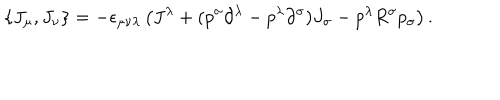
\{ J _ { \mu } , J _ { \nu } \} = - \epsilon _ { \mu \nu \lambda } \left( J ^ { \lambda } + ( p ^ { \sigma } \partial ^ { \lambda } - p ^ { \lambda } \partial ^ { \sigma } ) J _ { \sigma } - p ^ { \lambda } R ^ { \sigma } p _ { \sigma } \right) .